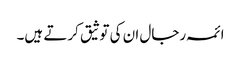
ائمہ رجال ان کی توثیق کرتے ہیں۔